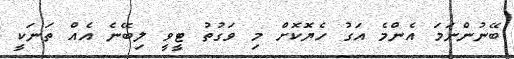
ބޭނުންނަމަ އެންމެ އަގު ހެޔޮކޮށް މި ވަގުތު ޓީވީ ލިބޭނެ އެއް ތަނަކީ